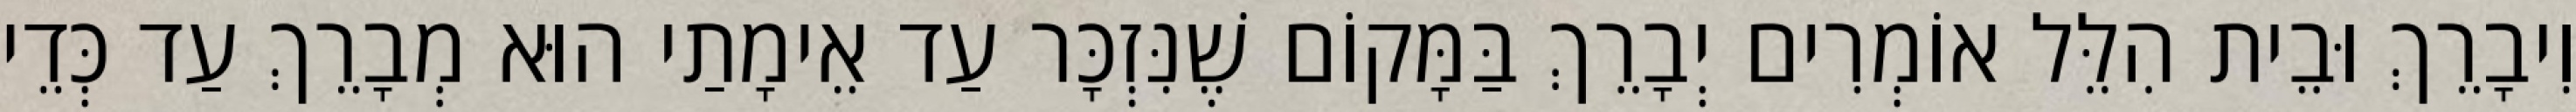
וִיבָרֵךְ וּבֵית הִלֵּל אוֹמְרִים יְבָרֵךְ בַּמָּקוֹם שֶׁנִּזְכָּר עַד אֵימָתַי הוּא מְבָרֵךְ עַד כְּדֵי